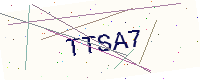
Text: TTSA7